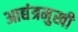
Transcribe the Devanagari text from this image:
आद्यंत्रमुखी